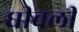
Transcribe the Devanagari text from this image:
घीवली